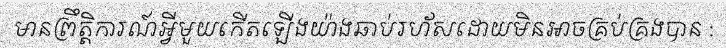
មានព្រឹត្តិការណ៍អ្វីមួយកើតឡើងយ៉ាងឆាប់រហ័សដោយមិនអាចគ្រប់គ្រងបាន :